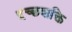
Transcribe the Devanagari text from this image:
इच्छशक्ति